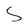
Character: S